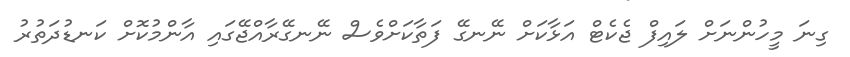
ގިނަ މީހުންނަށް ލައިފް ޖެކެޓް އަޅާކަށް ނޭނގޭ ފަތާކަށްވެސް ނޭނގޭރާއްޖޭގައި އާންމުކޮށް ކަނޑުދަތުރު